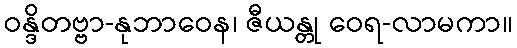
ဝန္ဒိတဗ္ဗာ-နုဘာဝေန၊ ဇီယန္တု ဝေရ-လာမကာ။